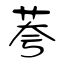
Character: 荂